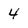
Character: 4